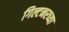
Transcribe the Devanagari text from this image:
गिल्टनरच्या